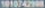
1010742908